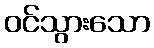
ဝင်သွားသော